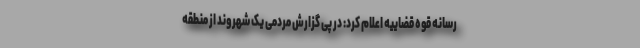
رسانه قوه قضاییه اعلام کرد: در پی گزارش مردمی یک شهروند از منطقه